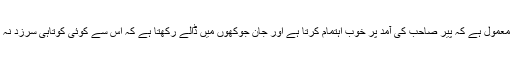
نعمت اللہ کا معمول ہے کہ پیر صاحب کی آمد پر خوب اہتمام کرتا ہے اور جان جوکھوں میں ڈالے رکھتا ہے کہ اس سے کوئی کوتاہی سرزد نہ ہونے پائے ۔